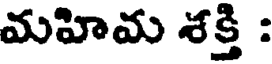
మహిమ శక్తి :